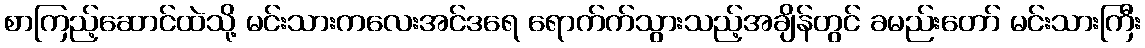
စာကြည့်ဆောင်ထဲသို့ မင်းသားကလေးအင်ဒရေ ရောက်က်သွားသည့်အချိန်တွင် ခမည်းတော် မင်းသားကြီး